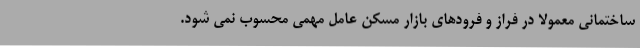
ساختمانی معمولا در فراز و فرودهای بازار مسکن عامل مهمی محسوب نمی شود.